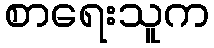
စာရေးသူက